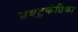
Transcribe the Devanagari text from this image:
अवटुकंठिका